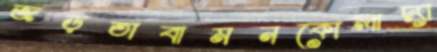
জড়তাবামনকোলাদ্যা